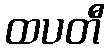
ထပတီ